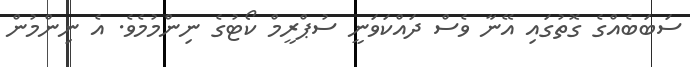
ސަބަބެއްގެ ގޮތުގައި އޭނާ ވެސް ދައްކަވަނީ ސުޕްރީމް ކޯޓުގެ ނިންމުމެވެ. އެ ނިންމުން